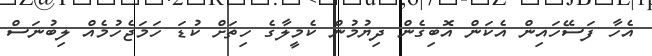
އެހާ ފަސޭހައިން އެކަން އޮބިގެން ދިޔުމުން ކެމީލާގެ ހިތަށް ކުޑަ ހަމަޖެހުމެއް ލިބުނަސް